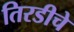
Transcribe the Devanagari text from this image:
तिरडीचे